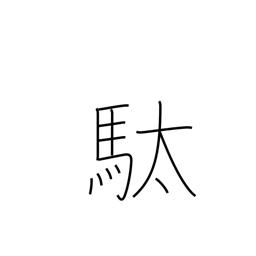
Meaning: pack horse